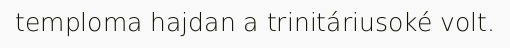
temploma hajdan a trinitáriusoké volt.